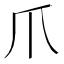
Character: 爪